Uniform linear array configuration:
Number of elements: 4
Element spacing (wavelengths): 0.5
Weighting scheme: blackman
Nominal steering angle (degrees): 30
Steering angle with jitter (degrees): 28.027
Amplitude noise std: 0.05
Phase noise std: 0.05

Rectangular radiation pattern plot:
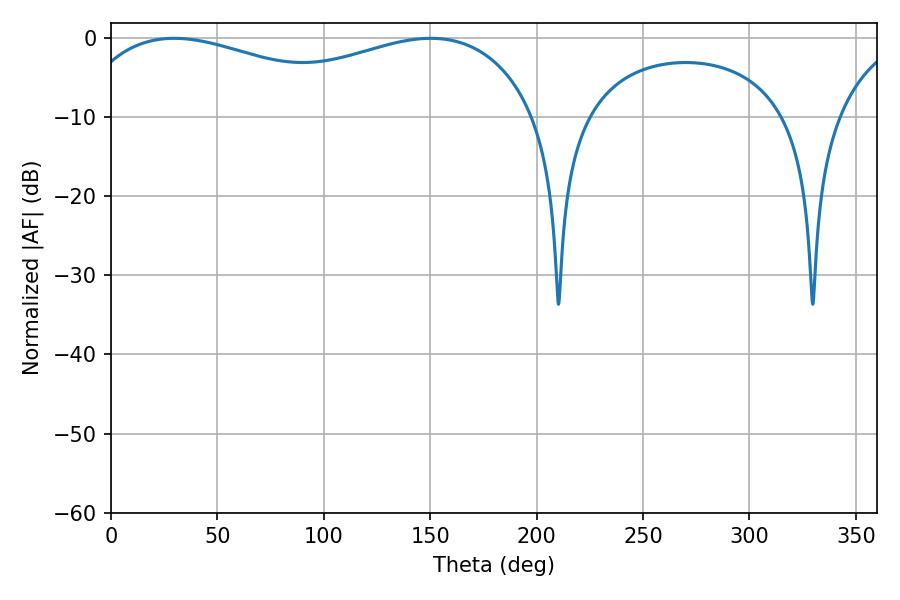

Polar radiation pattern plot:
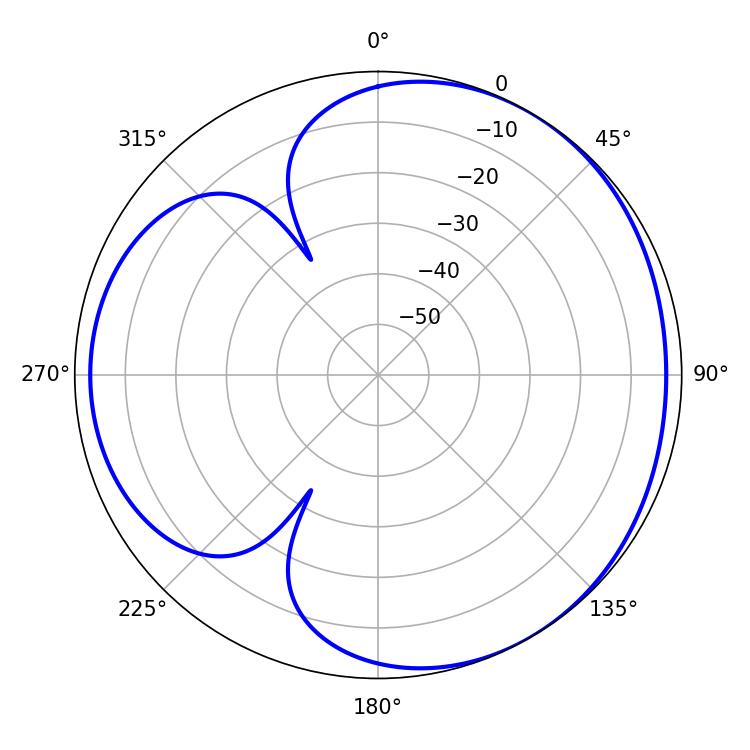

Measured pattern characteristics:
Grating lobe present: FALSE
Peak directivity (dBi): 3.498
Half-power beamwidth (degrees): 84.96
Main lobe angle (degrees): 29.7